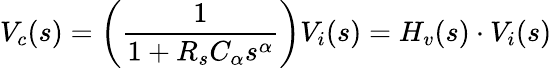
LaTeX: V_{c}(s)=\left(\frac{1}{1+R_{s}C_{\alpha}s^{\alpha}}\right)V_{i}(s)=H_{v}(s)\cdot V_{i}(s)